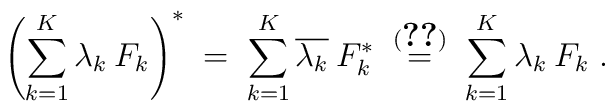
\left(\sum_{k=1}^K \lambda_k \:F_k \right)^*\;=\; \sum_{k=1}^K \overline{\lambda_k} \:F_k^*\;\stackrel{(\ref{eq:47})}{=}\; \sum_{k=1}^K \lambda_k \:F_k\;.